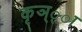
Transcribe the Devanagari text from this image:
कृञ््‌ा